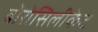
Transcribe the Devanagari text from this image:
बोरोसिलीकेट